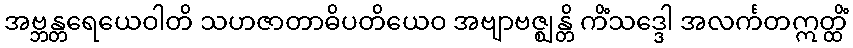
အဗ္ဘန္တရေယေဝါတိ သဟဇာတာဓိပတိယေဝ အဗျာဗဇ္ဈန္တိ ကိံသဒ္ဒေါ အလင်္ကတဣတ္ထိံ